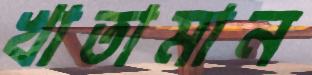
খাতামান